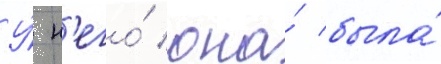
У́ н'его́ она́ была́